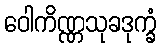
ဝေါကိဏ္ဏသုခဒုက္ခံ